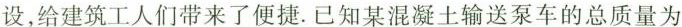
设，给建筑工人们带来了便捷.已知某混凝土输送泵车的总质量为